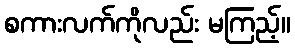
စကားလက်ကိုလည်း မကြည့်။